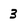
Character: 3